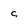
Character: C